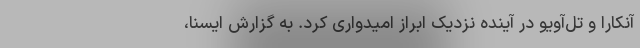
آنکارا و تل‌آویو در آینده نزدیک ابراز امیدواری کرد. به گزارش ایسنا،